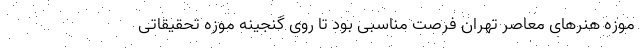
موزه هنرهای معاصر تهران فرصت مناسبی بود تا روی گنجینه موزه تحقیقاتی